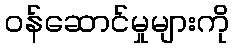
ဝန်ဆောင်မှုများကို